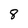
Character: 8